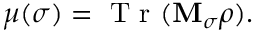
\mu ( \sigma ) = \mathrm { ~ T ~ r ~ } ( \mathbf { M } _ { \sigma } \rho ) .